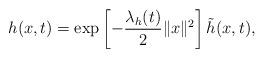
LaTeX: \begin{align*}h(x,t)=\exp\left[-\frac{\lambda_{h}(t)}{2}\|x\|^{2}\right]\tilde{h}(x,t),\end{align*}